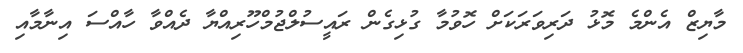
މާޔިޒް އެންމެ މޮޅު ދަރިވަރަކަށް ހޮވުމާ ގުޅިގެން ރައީސުލްޖުމްހޫރިއްޔާ ދެއްވާ ހާއްސަ އިނާމާއި